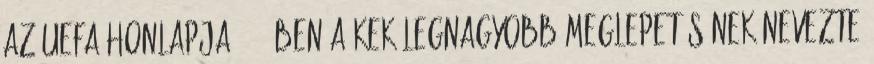
Az UEFA honlapja 2004-ben a KEK legnagyobb meglepetésének nevezte